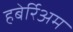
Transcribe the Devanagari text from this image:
हबेर्रिअम